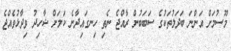
މޫސުމަށް އަންނަ ބަދަލުތަކުގެ ސަބަބުން ރާއްޖެ ނެތި ހިނގައިދާނެ ކަމަށް ޝާހިދު ވިދާޅުވެެއްޖެ